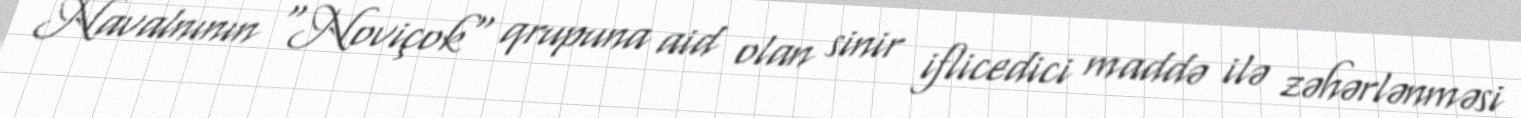
Navalnının "Noviçok" qrupuna aid olan sinir iflicedici maddə ilə zəhərlənməsi